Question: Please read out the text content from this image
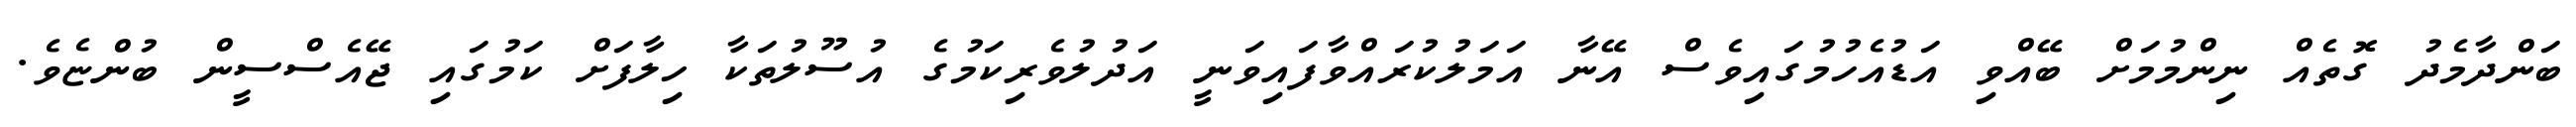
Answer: ބަންދާމެދު ގޮތެއް ނިންމުމަށް ބޭއްވި އަޑުއެހުމުގައިވެސް އޭނާ އަމަލުކުރައްވާފައިވަނީ އަދުލުވެރިކަމުގެ އުސޫލުތަކާ ހިލާފަށް ކަމުގައި ޖޭއެސްސީން ބުންޏެވެ.